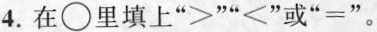
4.在\bigcirc里填上”＞””<”或”=”。